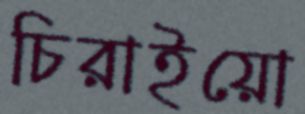
চিরাইয়ো